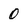
Character: 0